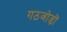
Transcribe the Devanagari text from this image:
गठजोड़ों